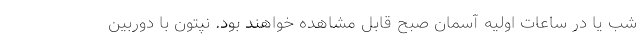
شب یا در ساعات اولیه آسمان صبح قابل مشاهده خواهند بود. نپتون با دوربین